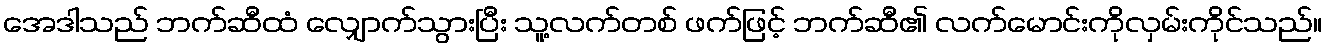
အေဒါသည် ဘက်ဆီထံ လျှောက်သွားပြီး သူ့လက်တစ် ဖက်ဖြင့် ဘက်ဆီ၏ လက်မောင်းကိုလှမ်းကိုင်သည်။